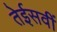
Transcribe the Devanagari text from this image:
तेईसवीं